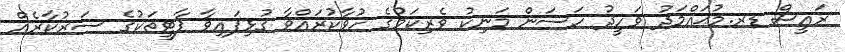
ރައީސް ޑރ.މުޙައްމަދު ވަހީދު ހަސަން މަނިކު ވެރިކަމުގެ ހުވާކުރައްވާ ގުޅިފައިވާ ޕާޓީތަކުގެ ސަރުކާރެއް